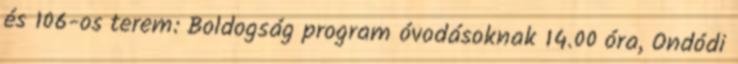
és 106-os terem: Boldogság program óvodásoknak 14.00 óra, Ondódi